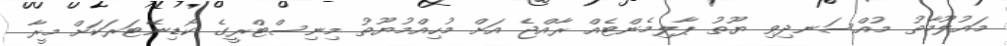
މައުލޫމާތު މުއްސަނދިވި ޔޫތު ޕާލިމެންޓެއް ރާއްޖެ އަށް މުހިއްމުޔޫތު މިނިސްޓްރީގެ ކޯޑިނޭޓަރަކަށް މީރާ